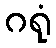
ဂရုံ